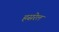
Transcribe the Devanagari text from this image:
हसरेल